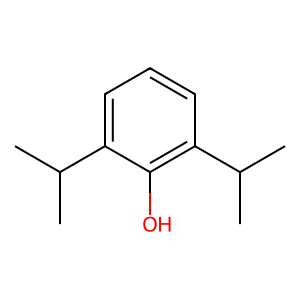
SMILES: CC(C)c1cccc(C(C)C)c1O
Inhibits HIV replication: No